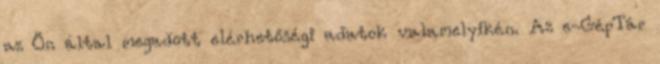
az Ön által megadott elérhetőségi adatok valamelyikén. Az e-GépTár